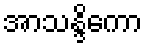
အာသန္ဒိကော